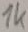
Text: 1K